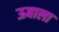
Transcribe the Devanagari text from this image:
ऊबाला